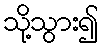
သို့သွား၍